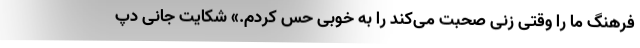
فرهنگ ما را وقتی زنی صحبت می‌کند را به خوبی حس کردم.» شکایت جانی دپ